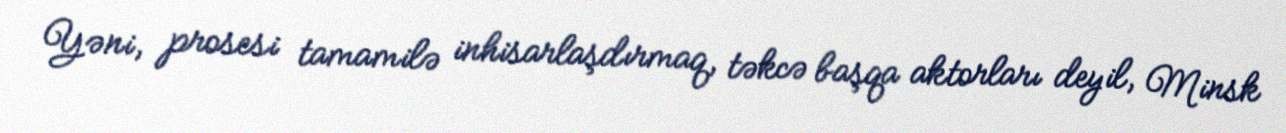
Yəni, prosesi tamamilə inhisarlaşdırmaq, təkcə başqa aktorları deyil, Minsk